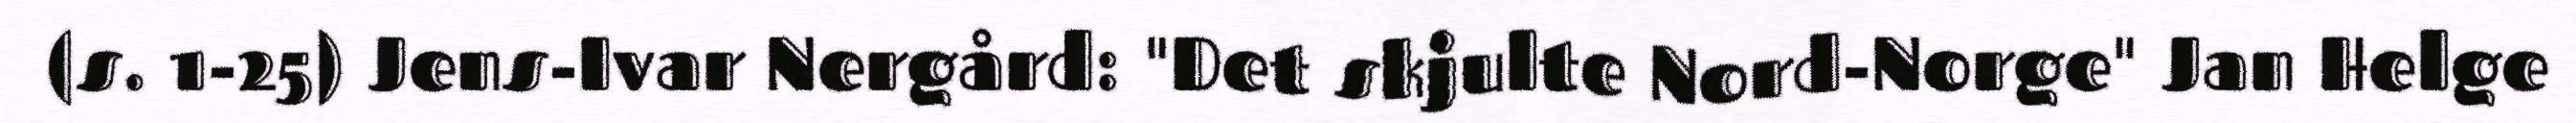
(s. 1-25) Jens-Ivar Nergård: "Det skjulte Nord-Norge" Jan Helge